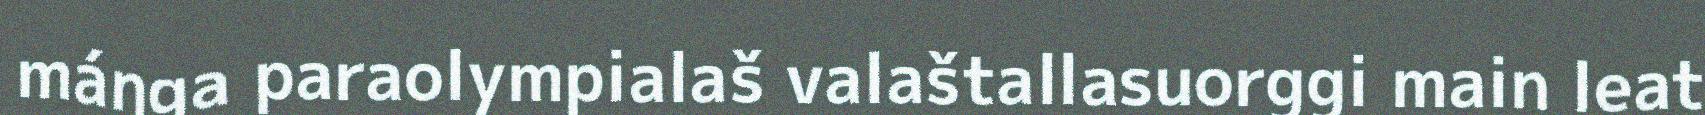
máŋga paraolympialaš valaštallasuorggi main leat